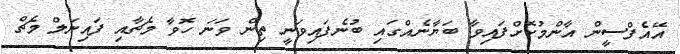
އޭއެފްސީން އާންމުކޮށްފައިވާ ބަޔާނެއްގައި ބުނެފައިވަނީ ތިން ވަނަ ހޮވާ މެޗާއި ފައިނަލް މެޗް